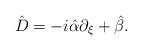
LaTeX: \begin{align*}\hat{D} = -i \hat{\alpha} \partial_{\xi} + \hat{\beta}.\end{align*}